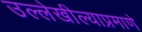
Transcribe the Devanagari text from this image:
उल्लेखील्याप्रमाणे